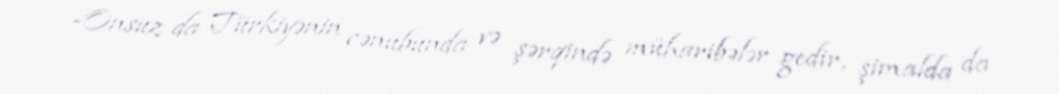
-Onsuz da Türkiyənin cənubunda və şərqində müharibələr gedir, şimalda da